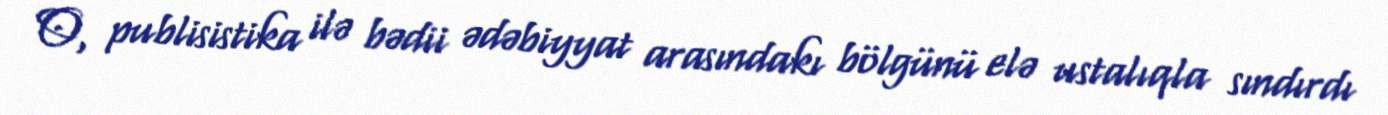
O, publisistika ilə bədii ədəbiyyat arasındakı bölgünü elə ustalıqla sındırdı